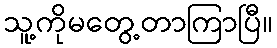
သူ့ကိုမတွေ့တာကြာပြီ။